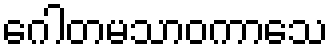
ဂေါတမသာဝကာသေ